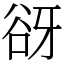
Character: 谺